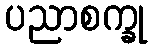
ပညာစက္ခု